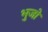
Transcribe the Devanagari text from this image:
भुजों